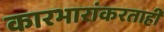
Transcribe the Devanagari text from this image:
कारभारांकरताही